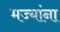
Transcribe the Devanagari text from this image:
भज्यांना